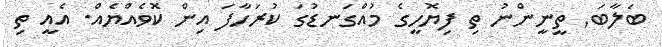
ބަލާބަ